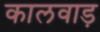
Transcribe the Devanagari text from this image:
कालवाड़